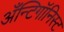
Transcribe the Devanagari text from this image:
अँन्टिगॉनिस्ट